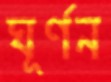
ঘূর্ণন